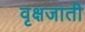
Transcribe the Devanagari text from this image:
वृक्षजाती